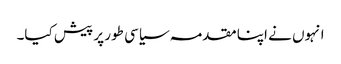
انہوں نے اپنا مقدمہ سیاسی طور پر پیش کیا۔